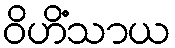
ဝိဟိံသာယ